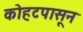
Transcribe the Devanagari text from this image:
कोहटपासून